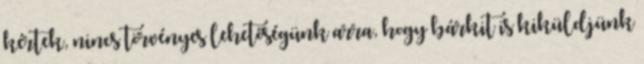
kértek, nincs törvényes lehetőségünk arra, hogy bárkit is kiküldjünk